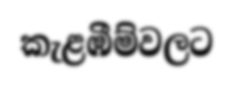
කැළඹීම්වලට